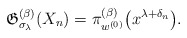
\begin{gather*} \mathfrak{G}_{\sigma_{\lambda}}^{(\beta)}(X_n) = \pi_{w^{(0)}}^{(\beta)}\big(x^{\lambda+\delta_{n}}\big).\end{gather*}